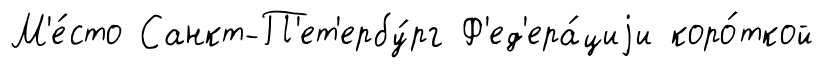
М'е́сто Санкт-П'ет'ербу́рг Ф'ед'ера́циjи коро́ткой